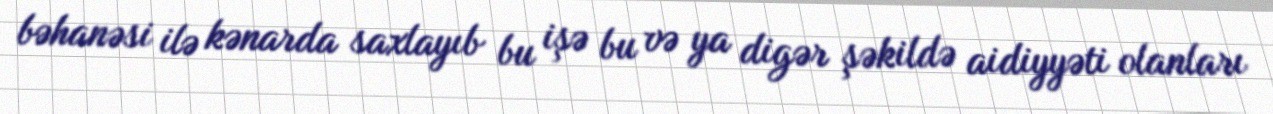
bəhanəsi ilə kənarda saxlayıb bu işə bu və ya digər şəkildə aidiyyəti olanları